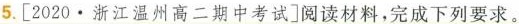
5.[2020·浙江温州高二期中考试]阅读材料，完成下列要求。